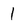
Character: 1